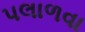
પલાળવા